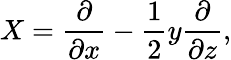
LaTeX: X={\frac{\partial}{\partial x}}-{\frac{1}{2}}y{\frac{\partial}{\partial z}},